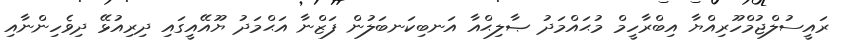
ރައީސުލްޖުމްހޫރިއްޔާ އިބްރާހީމް މުޙައްމަދު ޞާލިޙްއާ އަނބިކަނބަލުން ފަޒްނާ އަޙްމަދު ޔޫއޭއީގައި ދިރިއުޅޭ ދިވެހިންނާއި